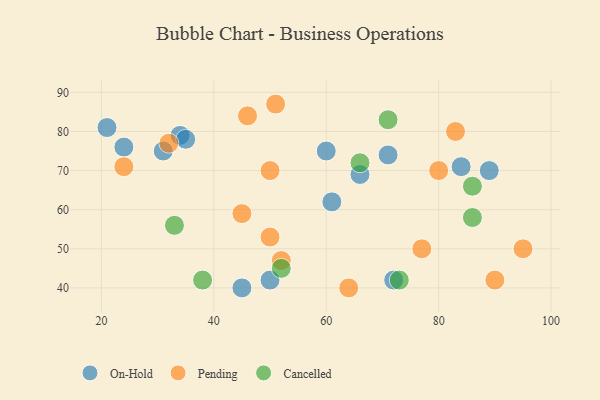
{"axis": {"x": "GDP", "y": "Life Expectancy"}, "legend": ["Cancelled", "On-Hold", "Pending"], "data": [{"x": "61", "y": 62, "type": "On-Hold"}, {"x": "34", "y": 79, "type": "On-Hold"}, {"x": "45", "y": 40, "type": "On-Hold"}, {"x": "89", "y": 70, "type": "On-Hold"}, {"x": "72", "y": 42, "type": "On-Hold"}, {"x": "21", "y": 81, "type": "On-Hold"}, {"x": "60", "y": 75, "type": "On-Hold"}, {"x": "50", "y": 42, "type": "On-Hold"}, {"x": "31", "y": 75, "type": "On-Hold"}, {"x": "24", "y": 76, "type": "On-Hold"}, {"x": "84", "y": 71, "type": "On-Hold"}, {"x": "66", "y": 69, "type": "On-Hold"}, {"x": "35", "y": 78, "type": "On-Hold"}, {"x": "71", "y": 74, "type": "On-Hold"}, {"x": "77", "y": 50, "type": "Pending"}, {"x": "90", "y": 42, "type": "Pending"}, {"x": "80", "y": 70, "type": "Pending"}, {"x": "64", "y": 40, "type": "Pending"}, {"x": "52", "y": 47, "type": "Pending"}, {"x": "50", "y": 53, "type": "Pending"}, {"x": "83", "y": 80, "type": "Pending"}, {"x": "95", "y": 50, "type": "Pending"}, {"x": "24", "y": 71, "type": "Pending"}, {"x": "50", "y": 70, "type": "Pending"}, {"x": "32", "y": 77, "type": "Pending"}, {"x": "51", "y": 87, "type": "Pending"}, {"x": "46", "y": 84, "type": "Pending"}, {"x": "45", "y": 59, "type": "Pending"}, {"x": "86", "y": 66, "type": "Cancelled"}, {"x": "52", "y": 45, "type": "Cancelled"}, {"x": "71", "y": 83, "type": "Cancelled"}, {"x": "66", "y": 72, "type": "Cancelled"}, {"x": "73", "y": 42, "type": "Cancelled"}, {"x": "33", "y": 56, "type": "Cancelled"}, {"x": "86", "y": 58, "type": "Cancelled"}, {"x": "38", "y": 42, "type": "Cancelled"}]}